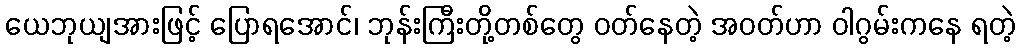
ယေဘုယျအားဖြင့် ပြောရအောင်၊ ဘုန်းကြီးတို့တစ်တွေ ဝတ်နေတဲ့ အဝတ်ဟာ ဝါဂွမ်းကနေ ရတဲ့